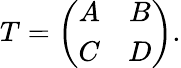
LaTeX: T=\left(\begin{array}{cc}{{A}}&{{B}}\\ {{C}}&{{D}}\end{array}\right).